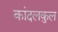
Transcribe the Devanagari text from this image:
कांदलकुल